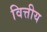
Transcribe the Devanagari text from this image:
वित्तीय